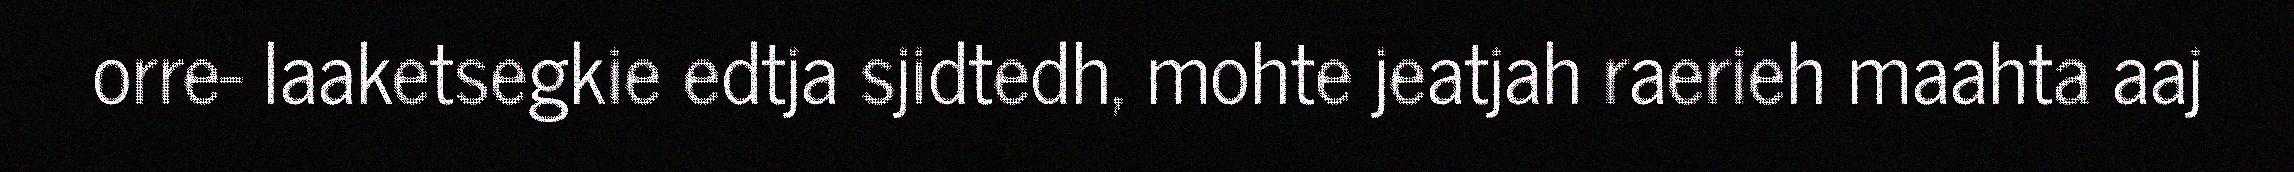
orre- laaketsegkie edtja sjidtedh, mohte jeatjah raerieh maahta aaj